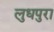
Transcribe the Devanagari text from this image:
लुधपुरा